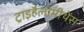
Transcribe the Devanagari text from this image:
ट्राइहैलोमीथेंस